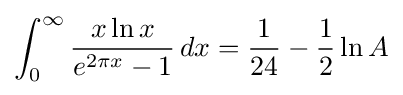
\int _{0}^{\infty }{\frac {x\ln x}{e^{2\pi x}-1}}\,dx={\frac {1}{24}}-{\frac {1}{2}}\ln A